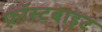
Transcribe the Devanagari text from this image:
फ़्रॉस्टबाइट